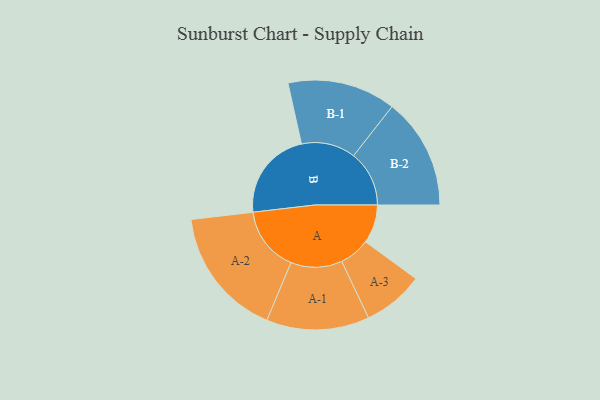
{"axis": {"x": "Segment", "y": "Value"}, "legend": ["", "A", "B"], "data": [{"x": "A", "y": 157, "type": ""}, {"x": "B", "y": 366, "type": ""}, {"x": "A-1", "y": 209, "type": "A"}, {"x": "A-2", "y": 264, "type": "A"}, {"x": "A-3", "y": 124, "type": "A"}, {"x": "B-1", "y": 220, "type": "B"}, {"x": "B-2", "y": 226, "type": "B"}]}